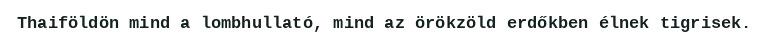
Thaiföldön mind a lombhullató, mind az örökzöld erdőkben élnek tigrisek.